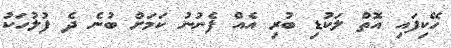
ހޭކިފައި އޮތް ލަކުޑި ބުރި އެއް ފެނުނު ކަމަށް ބުނެ ދެ ފުލުހަކު